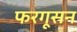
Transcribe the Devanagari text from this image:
फरगूसन